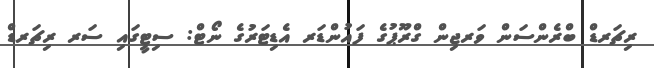
ރިޗަރޑް ބްރެންސަން ވަރޖިން ގްރޫޕުގެ ފައުންޑަރ އެޑިޓަރުގެ ނޯޓް: ސިޓީގައި ސަރ ރިޗަރޑް